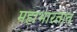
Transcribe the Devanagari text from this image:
महाभारतांत